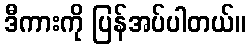
ဒီကားကို ပြန်အပ်ပါတယ်။